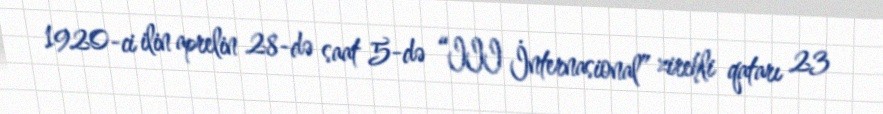
1920-ci ilin aprelin 28-də saat 5-də “III İnternasional” zirehli qatarı 23